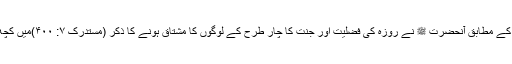
ایک دوسری روایت کے مطابق آنحضرت ﷺ نے روزہ کی فضلیت اور جنت کا چار طرح کے لوگوں کا مشتاق ہونے کا ذکر (مستدرک ۷: ۴۰۰)میں کچھ ان الفاظ میں فرمایا۔